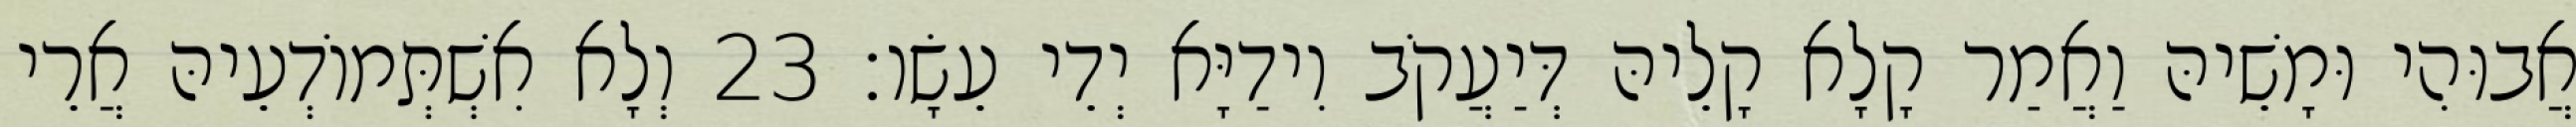
אֲבוּהִי וּמָשֵׁיהּ וַאֲמַר קָלָא קָלֵיהּ דְּיַעֲקֹב וִידַיָּא יְדֵי עֵשָׂו׃ 23 וְלָא אִשְׁתְּמוֹדְעֵיהּ אֲרֵי